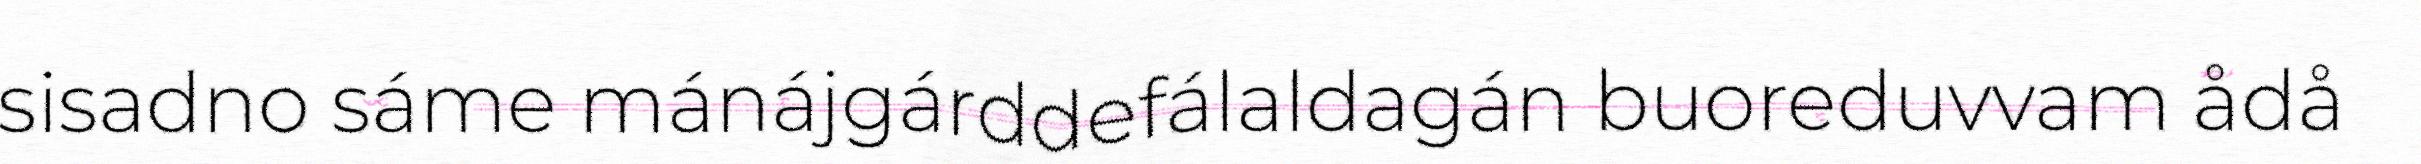
sisadno sáme mánájgárddefálaldagán buoreduvvam ådå